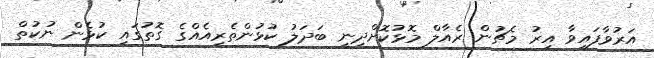
އަރުވާފައިވާ އިރު މެޗުން ރެއާލް މޮޅުކޮށްދިނީ ބަދަލު ކުޅުންތެރިއެއްގެ ގޮތުގައި ކުޅެން ނުކުތް